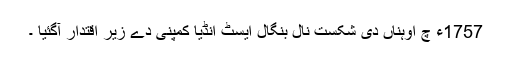
1757ء چ اوہناں دی شکست نال بنگال ایسٹ انڈیا کمپنی دے زیر اقتدار آگئیا ۔